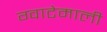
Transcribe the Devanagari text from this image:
ग्वाटेमाली